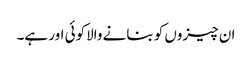
ان چیزوں کو بنانے والاکوئی اور ہے۔